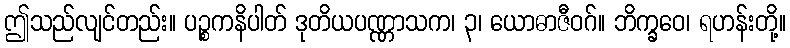
ဤသည်လျင်တည်း။ ပဉ္စကနိပါတ် ဒုတိယပဏ္ဏာသက၊ ၃၊ ယောဓာဇီဝဂ်။ ဘိက္ခဝေ၊ ရဟန်းတို့။